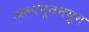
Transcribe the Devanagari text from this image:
अल्पनूतनयुग